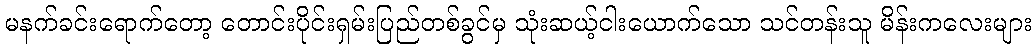
မနက်ခင်းရောက်တော့ တောင်းပိုင်းရှမ်းပြည်တစ်ခွင်မှ သုံးဆယ့်ငါးယောက်သော သင်တန်းသူ မိန်းကလေးများ